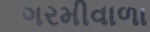
ગરમીવાળા